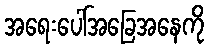
အရေးပေါ်အခြေအနေကို